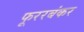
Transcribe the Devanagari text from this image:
फूररबंकर